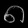
Digit: ၈